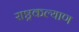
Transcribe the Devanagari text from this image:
राष्ट्रकल्याण